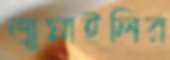
জুমাইলির